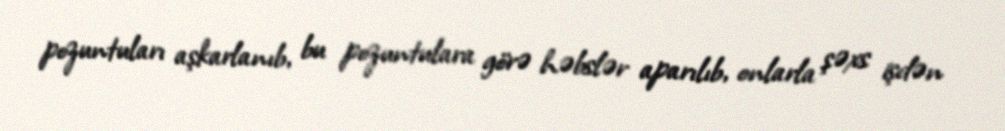
pozuntuları aşkarlanıb, bu pozuntulara görə həbslər aparılıb, onlarla şəxs işdən